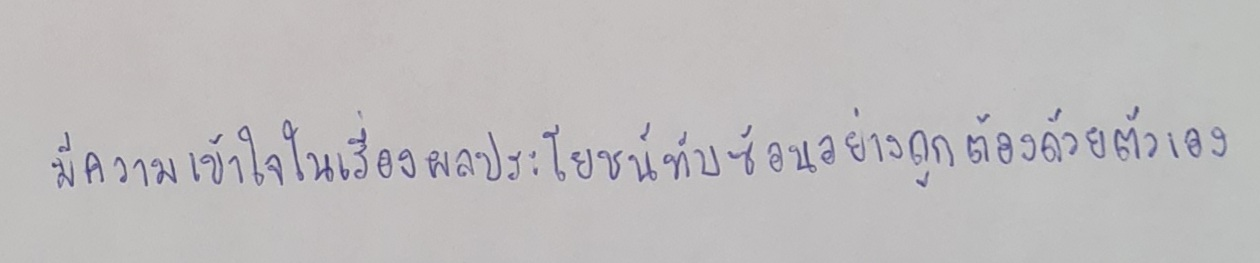
5.มีความเข้าใจในเรื่องผลประโยชน์ทับซ้อนอย่างถูกต้องด้วยตัวเอง